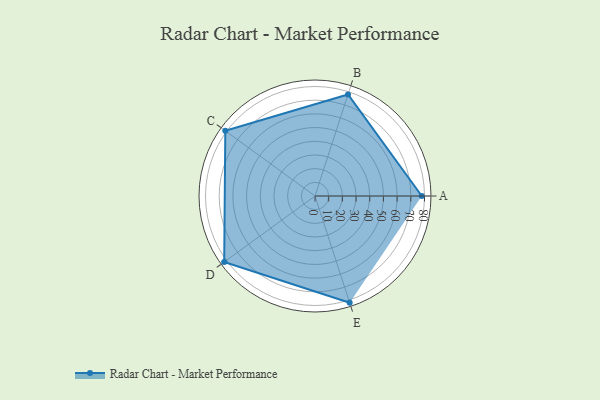
{"axis": {"x": "Skill", "y": "Score"}, "legend": ["Profile"], "data": [{"x": "A", "y": 78.0, "type": "Profile"}, {"x": "B", "y": 78.0, "type": "Profile"}, {"x": "C", "y": 81.0, "type": "Profile"}, {"x": "D", "y": 82.0, "type": "Profile"}, {"x": "E", "y": 82.0, "type": "Profile"}]}